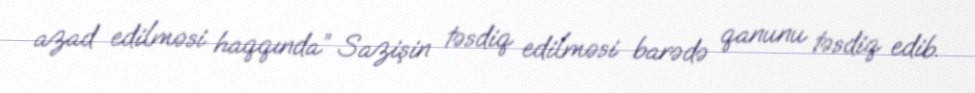
azad edilməsi haqqında” Sazişin təsdiq edilməsi barədə qanunu təsdiq edib.